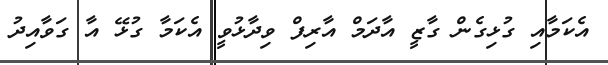
އެކަމާއި ގުޅިގެން ގާޒީ އާދަމް އާރިފް ވިދާޅުވީ އެކަމާ ގުޅޭ އާ ގަވާއިދު